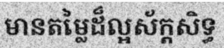
មានតម្លៃដ៏ល្អស័ក្តសិទ្ធ